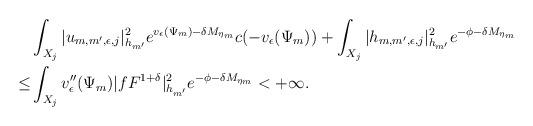
LaTeX: \begin{align*}&\int_{X_j }|u_{m,m',\epsilon,j}|^2_{h_{m'}} e^{v_\epsilon(\Psi_m)-\delta M_{\eta_m}}c(-v_\epsilon(\Psi_m))+\int_{X_j}|h_{m,m',\epsilon,j}|^2_{h_{m'}} e^{-\phi-\delta M_{\eta_m}}\\\le&\int_{X_j}v''_{\epsilon}(\Psi_m)|fF^{1+\delta}|^2_{h_{m'}} e^{-\phi-\delta M_{\eta_m}}<+\infty.\end{align*}